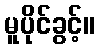
မူပိုင်ခွင့်။